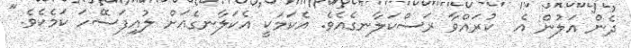
ދެން އަލުން އެ  ކުރައްވާ ރަސްކަލާނގެއެވެ. އެކަމަކީ އެކަލާނގެއަށް ލުއިފަސޭހަ ކަމެކެވެ."